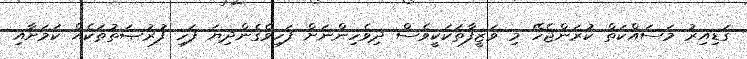
ގަޑިއިރު މަސައްކަތް ކުރަންޖެހޭ މި ވަޒީފާތަކަކީވެސް ދިވެހިންނަށް ފަހިވެގެންދިޔަ ފަހި ފުރުޞަތުތަކެއް ކަމަށާއި